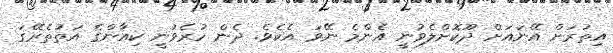
އިތުރަށް އޭނައަށް ދޫކޮށްލެވުނީ އެންމެ ނޭވަ އެކެވެ. ދެން ހުރެވުނީ ކިއާންގެ އަތުތެރޭގަ